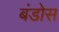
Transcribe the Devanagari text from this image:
बंडोस